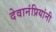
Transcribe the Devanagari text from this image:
देवानंप्रियांनी